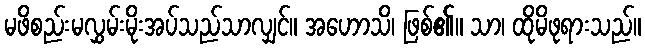
မဖိစည်းမလွှမ်းမိုးအပ်သည်သာလျှင်။ အဟောသိ၊ ဖြစ်၏။ သာ၊ ထိုမိဖုရားသည်။